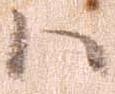
ハ